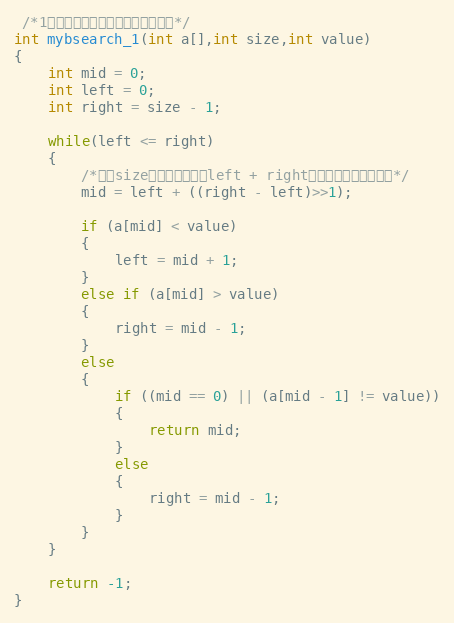
Language: C
 /*1、查找第一个等于给定数值的元素*/
int mybsearch_1(int a[],int size,int value)
{
	int mid = 0;
	int left = 0;
	int right = size - 1;

	while(left <= right)
	{
		/*防止size数量太大是，（left + right）数据翻转，导致问题*/
		mid = left + ((right - left)>>1);

		if (a[mid] < value)
		{
			left = mid + 1;
		}
		else if (a[mid] > value)
		{
			right = mid - 1;
		}
		else
		{
			if ((mid == 0) || (a[mid - 1] != value))
			{
                return mid;
			}
			else
			{
				right = mid - 1;
			}
		}
	}

	return -1;
}